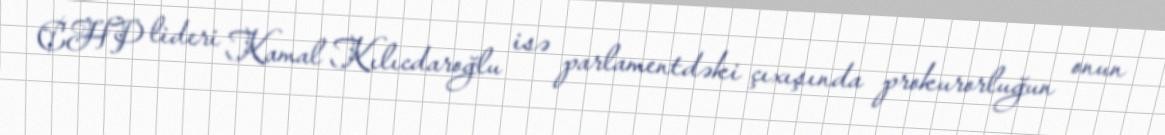
CHP lideri Kamal Kılıcdaroğlu isə parlamentdəki çıxışında prokurorluğun onun